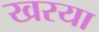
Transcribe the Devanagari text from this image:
खरया